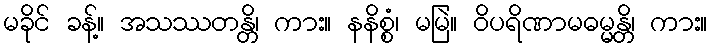
မခိုင် ခန့်။ အသဿတန္တိ၊ ကား။ နနိစ္စံ၊ မမြဲ။ ဝိပရိဏာမဓမ္မန္တိ၊ ကား။